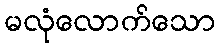
မလုံလောက်သော